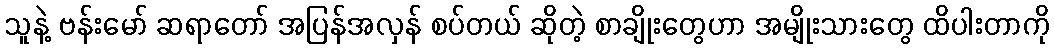
သူနဲ့ ဗန်းမော် ဆရာတော် အပြန်အလှန် စပ်တယ် ဆိုတဲ့ စာချိုးတွေဟာ အမျိုးသားတွေ ထိပါးတာကို